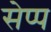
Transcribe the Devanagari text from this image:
सेप्प